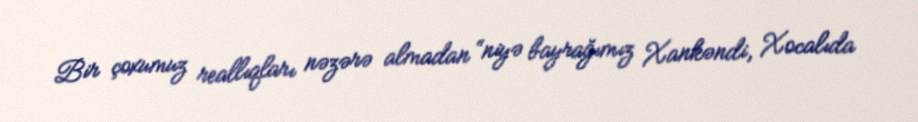
Bir çoxumuz reallıqları nəzərə almadan “niyə bayrağımız Xankəndi, Xocalıda